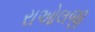
રાઓલજી